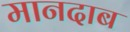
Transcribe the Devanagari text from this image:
मानदाब